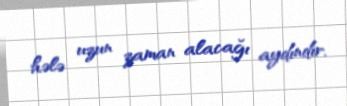
hələ uzun zaman alacağı aydındır.